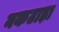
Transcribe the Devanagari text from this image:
नकटाड़ा